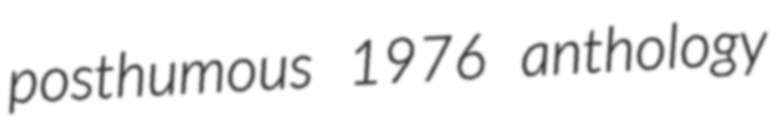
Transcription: posthumous 1976 anthology